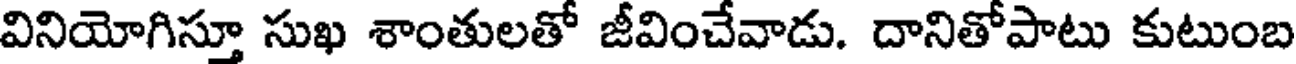
వినియోగిస్తూ సుఖ శాంతులతో జీవించేవాడు. దానితోపాటు కుటుంబ